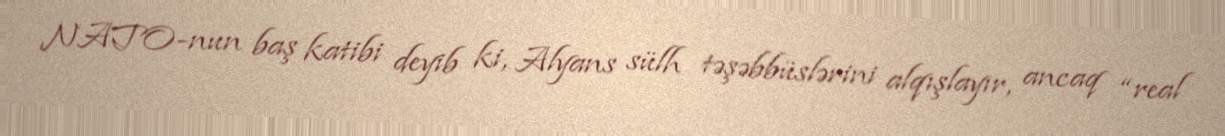
NATO-nun baş katibi deyib ki, Alyans sülh təşəbbüslərini alqışlayır, ancaq “real